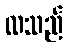
လသည်